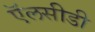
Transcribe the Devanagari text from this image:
ऍलसीडी